Problem: 3 × 8 = ?
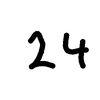
Handwritten answer: 24